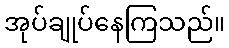
အုပ်ချုပ်နေကြသည်။